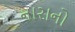
નારાનો